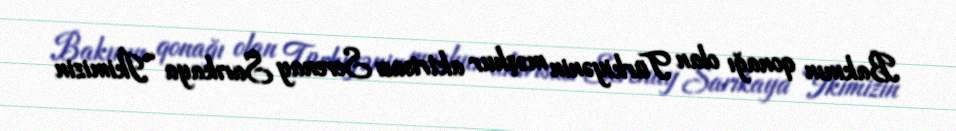
Bakının qonağı olan Türkiyənin məşhur aktrisası Serenay Sarıkaya “İkimizin